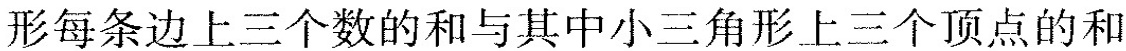
形每条边上三个数的和与其中小三角形上三个顶点的和